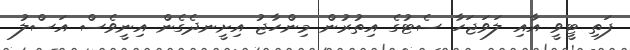
ފަތި ޓީވީ އާއި ލަވަޖަހާ ސެޓުގެ އިތުރުން މިންހާޖު އިށީނދެގެން އިނީވެސް އަސްލު